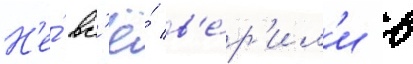
Н'е́ вс'ё́ в'е́р'ил'и в